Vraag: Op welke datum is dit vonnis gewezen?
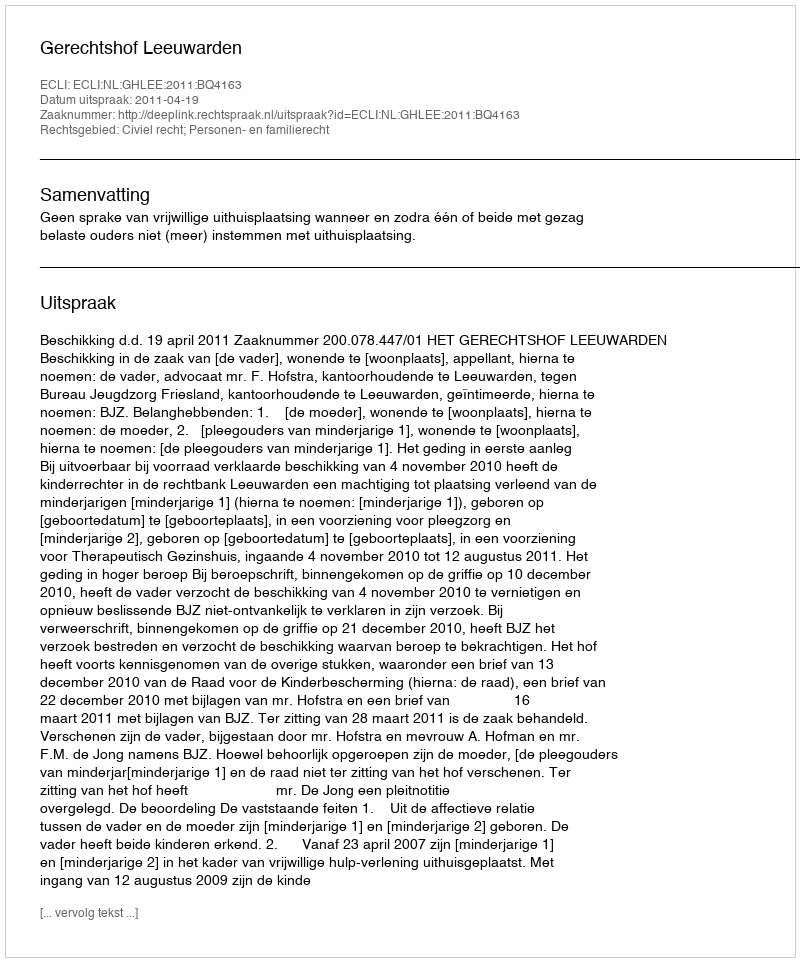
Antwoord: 2011-04-19